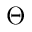
\Theta